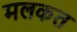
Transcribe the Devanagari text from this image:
मलकत